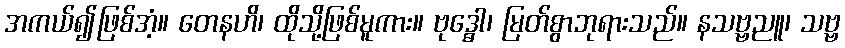
အကယ်၍ဖြစ်အံ့။ တေနဟိ၊ ထိုသို့ဖြစ်မူကား။ ဗုဒ္ဓေါ၊ မြတ်စွာဘုရားသည်။ နသဗ္ဗညူ၊ သဗ္ဗ